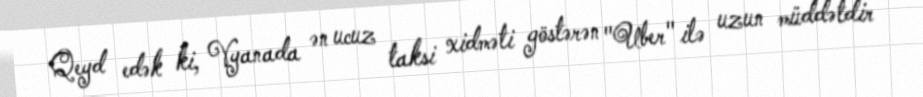
Qeyd edək ki, Vyanada ən ucuz taksi xidməti göstərən "Uber" ilə uzun müddətdir